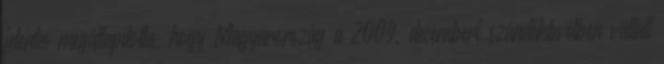
jelentés megállapította, hogy Magyarország a 2009. decemberi szándéklevélben vállalt